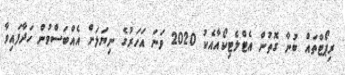
ރިޕޯޓްތައް ބުނާ ގޮތުން އެޓްލެޓިކޯއާއެކު 2020 ވަނަ އަހަރުގެ ނިޔަލަށް އެއްބަސްވުން ހަދާފައިވާ